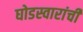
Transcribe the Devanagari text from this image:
घोडस्वारांची